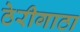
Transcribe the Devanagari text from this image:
ठेरीगाठा